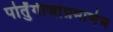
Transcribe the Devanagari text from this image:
पोर्तुंगीजांप्रमाणेच